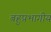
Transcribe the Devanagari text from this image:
बहुप्रभागीय